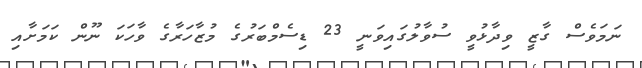
ނަމަވެސް ގާޒީ ވިދާޅުވީ ސުވާލުގައިވަނީ 23 ޑިސެމްބަރުގެ މުޒާހަރާގެ ވާހަކަ ނޫން ކަމަށާއި